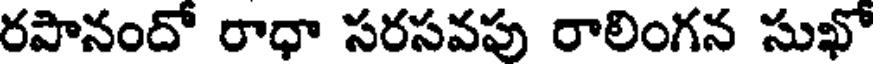
రపానందో రాధా సరసవపు రాలింగన సుఖో